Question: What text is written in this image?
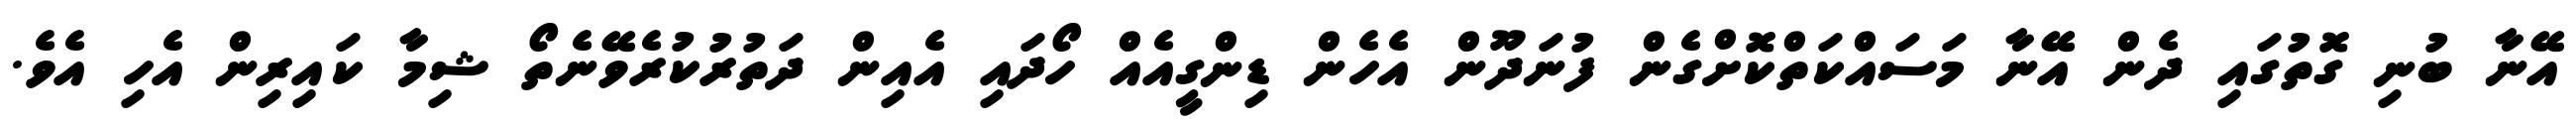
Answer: އޭނާ ބުނި ގޮތުގައި ދެން އޭނާ މަސައްކަތްކޮށްގެން ފުނަދޫން އެހެން ޑިންގީއެއް ހޯދައި އެއިން ދަތުރުކުރެވޭނެތޯ ޝިމާ ކައިރިން އެހި އެވެ.